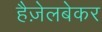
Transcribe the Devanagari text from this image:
हैज़ेलबेकर